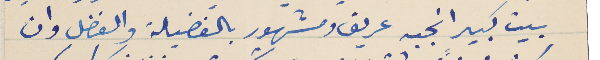
بيت كبير انجبه عريق ومشهور بالفضيلة والفضل وان